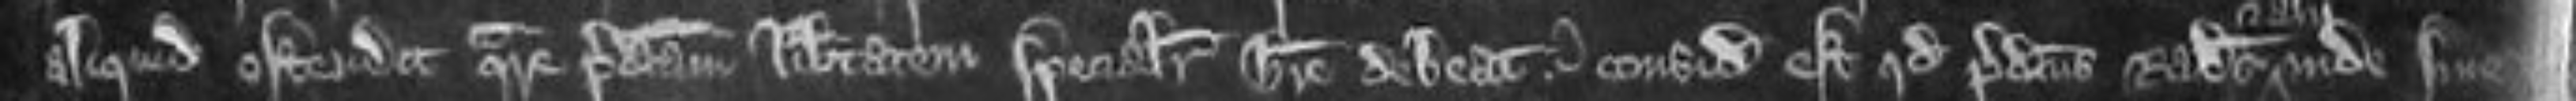
aliquid ostendit quare predictam libertatem specialiter habere debeat consideratum est quod predictus Radulfus inde sine